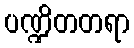
ပဏ္ဍိတတရာ